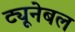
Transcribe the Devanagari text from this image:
ट्यूनेबल